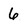
Character: 6